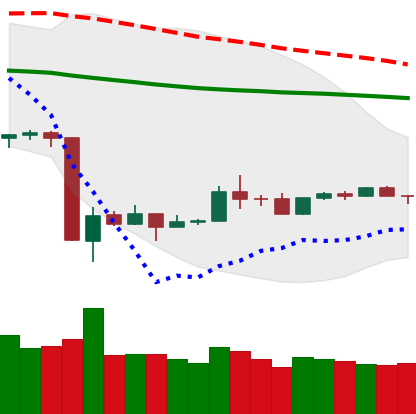
Ticker: TRX-USD
Chart end date: 2020-03-28
Forward return: 5.025%
Label: up_5_7